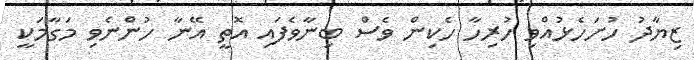
ޒިޔާދު ހުށަހެޅުއްވި ހުރިހާ ހެކިން ވެސް ބިނާވެފައި އޮތީ އޭނާ ހުންނެވި މަގާމަކީ